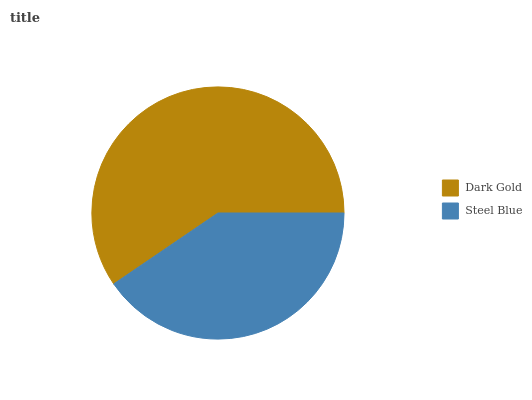
| Dark Gold | Steel Blue |
 | --- | --- |
 | 59.6% | 40.4% |